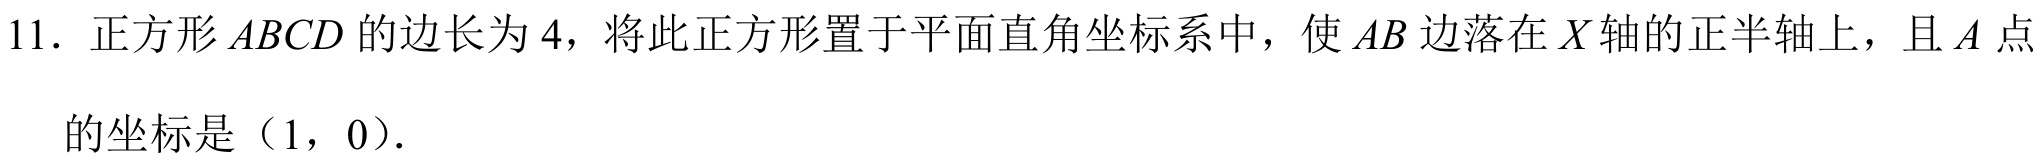
11. 正方形\(ABCD\)的边长为\(4\)，将此正方形置于平面直角坐标系中，使\(AB\)边落在\(X\)轴的正半轴上，且\(A\)点
的坐标是（1，0）.